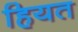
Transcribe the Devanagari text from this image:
हियत